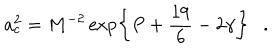
a _ { c } ^ { 2 } = M ^ { - 2 } \exp \left\{ P + { \frac { 1 9 } { 6 } } - 2 \gamma \right\} .